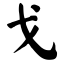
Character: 戈